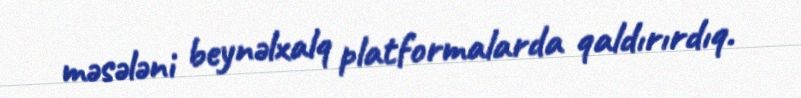
məsələni beynəlxalq platformalarda qaldırırdıq.